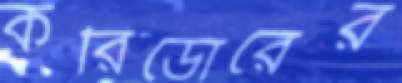
করিডোরের